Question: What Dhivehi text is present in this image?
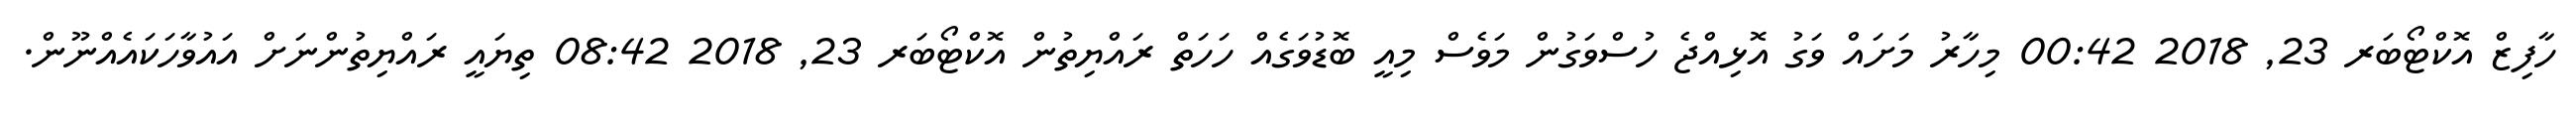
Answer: ހާފިޒް އޮކްޓޯބަރ 23, 2018 00:42 މިހާރު މަށައް ވަގު އޮޅިއްޖެ ހުސްވަގުން މަވެސް މިއީ ބޮޑުވަގެއް ހަހަތް ރައްޔިތުން އޮކްޓޯބަރ 23, 2018 08:42 ތިޔައީ ރައްޔިތުންނަށް އައުވާހަކައެއްނޫން.